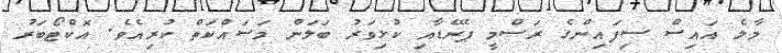
މާލެ އައިސް ސިފައިންގެ ރަސްމީ ޕެރޭޑާއި ކުޅިވަރު ބަލަން މަސައްކަތް ކުރިއެވެ. އޮކްޓޯބަރު